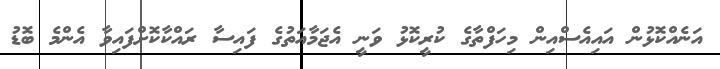
އަނެއްކޮޅުން އައިއެސްއިން މިހަފްތާގެ ކުރީކޮޅު ވަނީ އެޖަމާއަތުގެ ފައިސާ ރައްކާކޮށްފައިވާ އެންމެ ބޮޑު